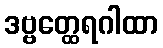
ဒဗ္ဗတ္ထေရဂါထာ